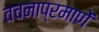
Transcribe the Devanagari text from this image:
वचनाप्रमाणें